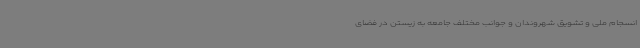
انسجام ملی و تشویق شهروندان و جوانب مختلف جامعه به زیستن در فضای